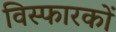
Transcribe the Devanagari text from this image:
विस्फारकों